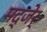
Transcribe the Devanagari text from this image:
मद्जेर्